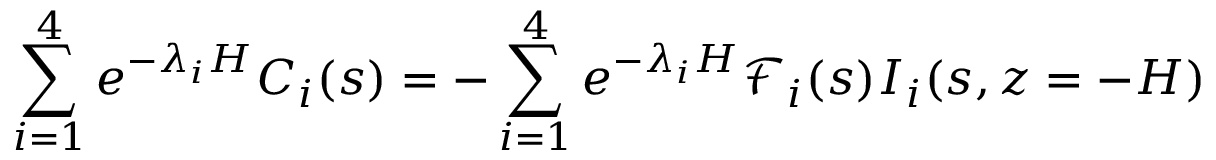
\sum _ { i = 1 } ^ { 4 } e ^ { - \lambda _ { i } H } C _ { i } ( s ) = - \sum _ { i = 1 } ^ { 4 } e ^ { - \lambda _ { i } H } \mathscr { F } _ { i } ( s ) I _ { i } ( s , z = - H )